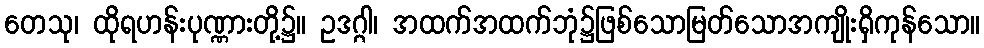
တေသု၊ ထိုရဟန်းပုဏ္ဏားတို့၌။ ဥဒဂ္ဂါ၊ အထက်အထက်ဘုံ၌ဖြစ်သောမြတ်သောအကျိုးရှိကုန်သော။